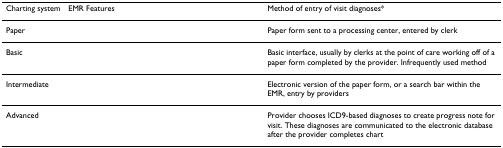
<table><thead><tr><td><b>Charting system</b></td><td><b>EMR Features</b></td><td><b>Method of entry of visit diagnoses*</b></td></tr></thead><tbody><tr><td>Paper</td><td>[EMPTY_CELL]</td><td>Paper form sent to a processing center, entered by clerk</td></tr><tr><td>Basic</td><td>[EMPTY_CELL]</td><td>Basic interface, usually by clerks at the point of care working off of a paper form completed by the provider. Infrequently used method</td></tr><tr><td>Intermediate</td><td>[EMPTY_CELL]</td><td>Electronic version of the paper form, or a search bar within the EMR, entry by providers</td></tr><tr><td>Advanced</td><td>[EMPTY_CELL]</td><td>Provider chooses ICD9-based diagnoses to create progress note for visit. These diagnoses are communicated to the electronic database after the provider completes chart</td></tr></tbody></table>